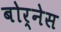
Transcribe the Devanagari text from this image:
बोर्नेस